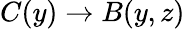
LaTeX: C(y)\rightarrow B(y,z)